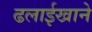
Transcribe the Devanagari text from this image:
ढलाईखाने